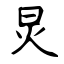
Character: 炅